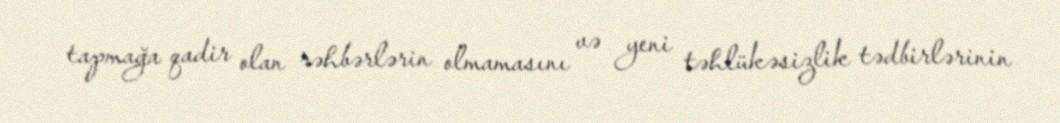
tapmağa qadir olan rəhbərlərin olmamasını və yeni təhlükəsizlik tədbirlərinin